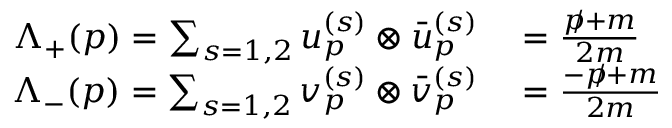
\begin{array} { r l } { \Lambda _ { + } ( p ) = \sum _ { s = 1 , 2 } { u _ { p } ^ { ( s ) } \otimes { \bar { u } } _ { p } ^ { ( s ) } } } & { { } = { \frac { { p \! \! \! / } + m } { 2 m } } } \\ { \Lambda _ { - } ( p ) = \sum _ { s = 1 , 2 } { v _ { p } ^ { ( s ) } \otimes { \bar { v } } _ { p } ^ { ( s ) } } } & { { } = { \frac { - { p \! \! \! / } + m } { 2 m } } } \end{array}